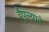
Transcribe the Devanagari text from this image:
वैपुल्याने